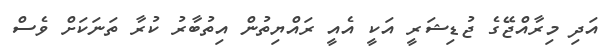
އަދި މިރާއްޖޭގެ ޖުޑިޝަރީ އަކީ އެއީ ރައްޔިތުން އިތުބާރު ކުރާ ތަނަކަށް ވެސް